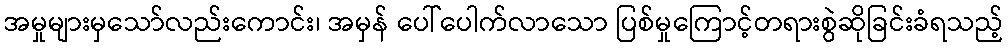
အမှုများမှသော်လည်းကောင်း၊ အမှန် ပေါ်ပေါက်လာသော ပြစ်မှုကြောင့်တရားစွဲဆိုခြင်းခံရသည့်